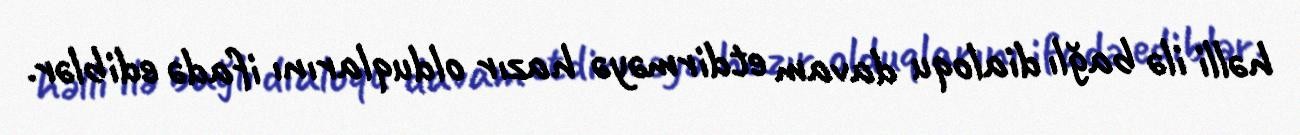
həlli ilə bağlı dialoqu davam etdirməyə hazır olduqlarını ifadə ediblər.